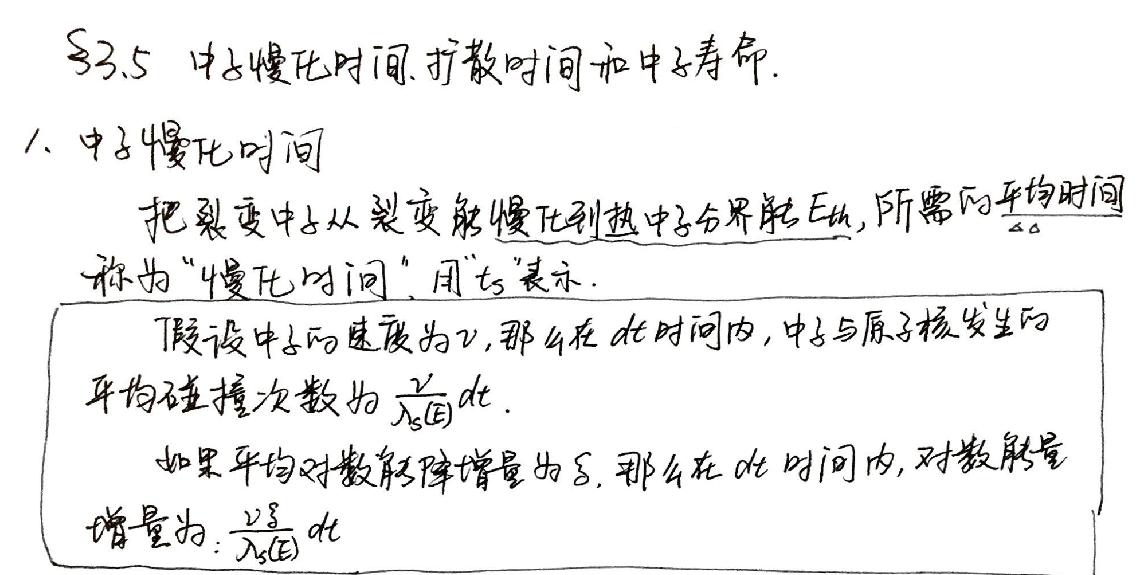
§3.5 中子慢化时间、扩散时间和中子寿命.
1. 中子慢化时间
把裂变中子从裂变能慢化到热中子分界能$E_{th}$，所需的平均时间称为“慢化时间”，用$t_{s}$表示.
假设中子的速度为$v$，那么在$dt$时间内，中子与原子核发生的平均碰撞次数为$\frac{v}{\lambda_{s}(E)}dt$.
如果平均对数能降增量为$\xi$，那么在$dt$时间内，对数能量增量为:$\frac{v\xi}{\lambda_{s}(E)}dt$